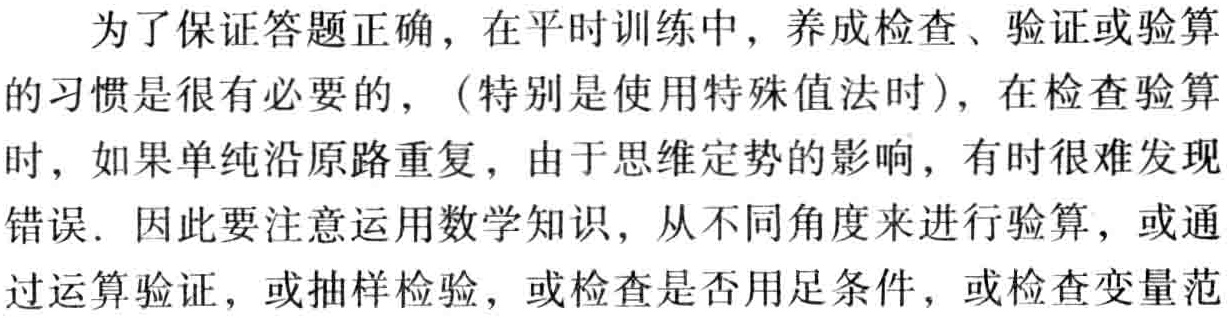
为了保证答题正确，在平时训练中，养成检查、验证或验算的习惯是很有必要的，（特别是使用特殊值法时），在检查验算时，如果单纯沿原路重复，由于思维定势的影响，有时很难发现错误．因此要注意运用数学知识，从不同角度来进行验算，或通过运算验证，或抽样检验，或检查是否用足条件，或检查变量范